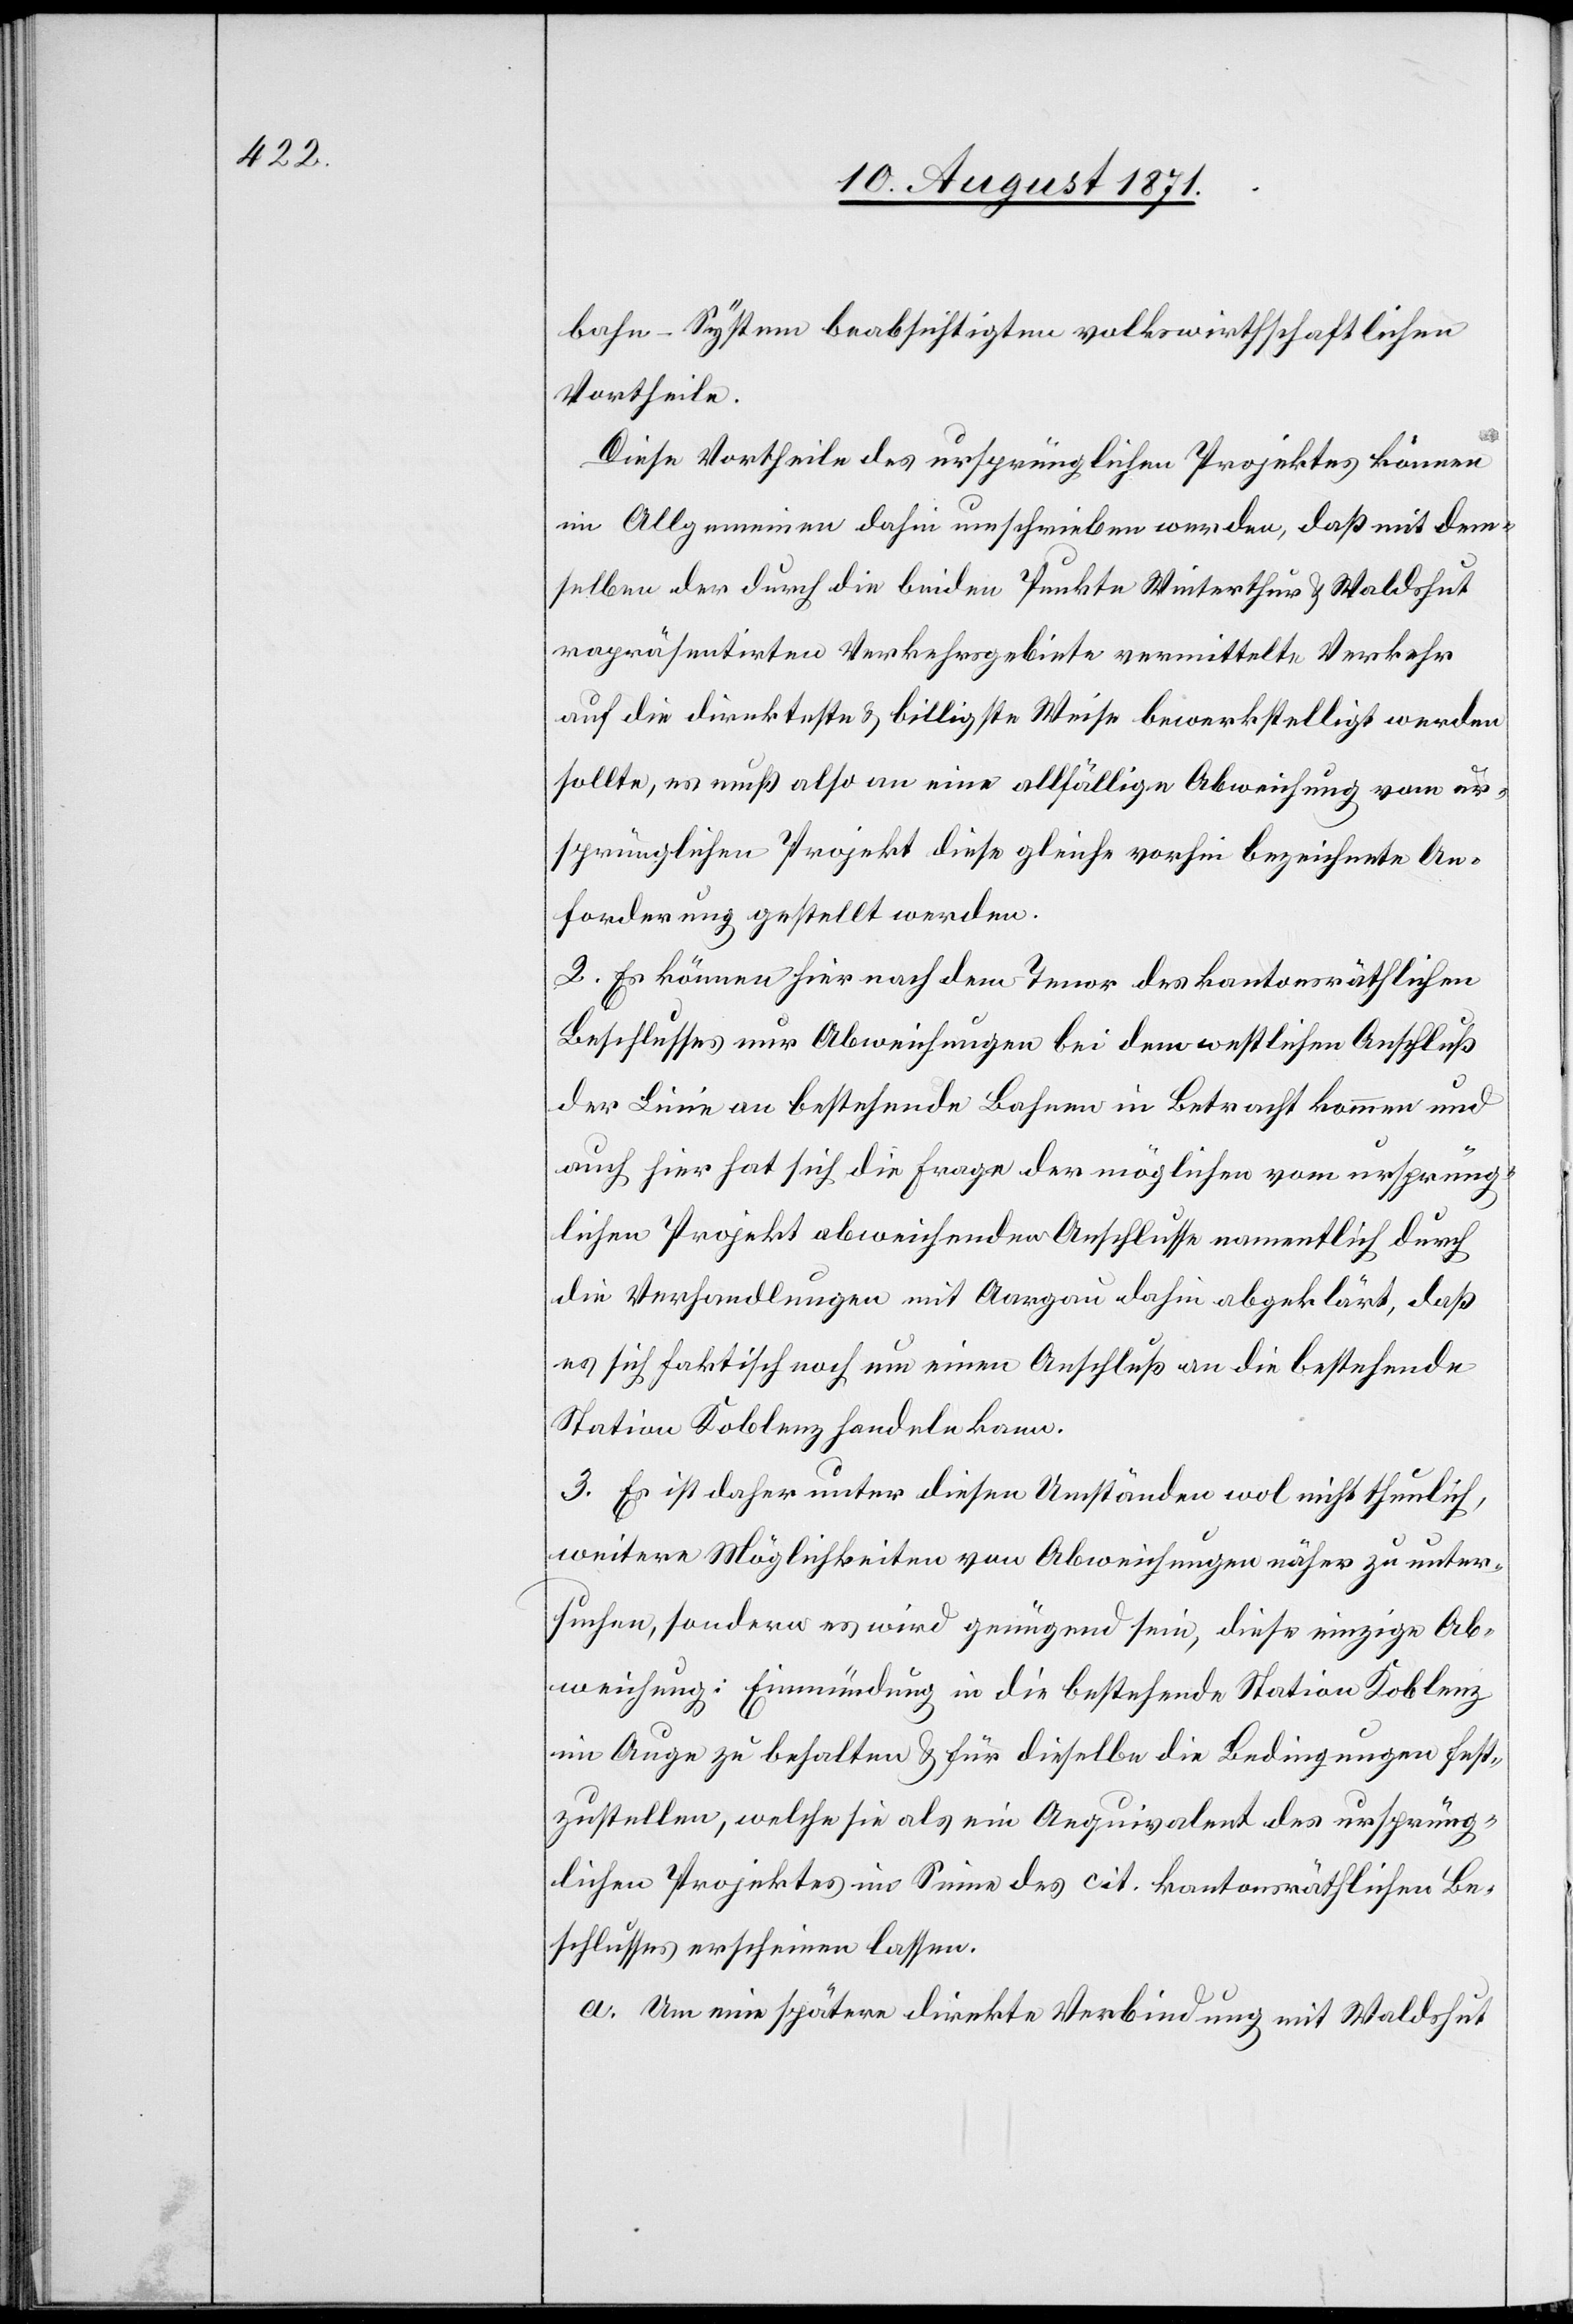
bahn-System beabsichtigten volkswirtschaftlichen
Vortheile.
Diese Vortheile des ursprünglichen Projektes können
im Allgemeinen dahin umschrieben werden, daß mit dem¬
selben der durch die beiden Punkte Winterthur & Waldshut
repräsentirten] Verkehrsgebiete vermittelte Verkehr
auf die direkteste & billigste Weise bewerkstelligt werden
sollte, es muß also an eine allfällige Abweichung vom ur¬
sprünglichen Projekt diese gleiche vorhin bezeichnete An¬
forderung gestellt werden.
2. Es können hier nach dem Tenor des kantonsräthlichen
Beschlusses nur Abweichungen bei dem westlichen Anschluß
der Linie an bestehende Bahnen in Betracht kommen und
auch hier hat sich die Frage der möglichen vom ursprüng¬
lichen Projekt abweichenden Anschlusse namentlich durch
die Verhandlungen mit Aargau dahin abgeklärt, daß
es sich faktisch noch um einen Anschluß an die bestehende
Station Koblenz handeln kann.
3. Es ist daher unter diesen Umständen wol nicht thunlich,
weitere Möglichkeiten von Abweisungen näher zu unter¬
suchen, sondern es wird genügend sein, diese einzige Ab¬
weisung: Einmündung in die bestehende Station Koblenz
im Auge zu behalten & für dieselbe die Bedingungen fest¬
zustellen, welche sie als ein Aequivalent des ursprüng¬
lichen Projektes im Sinne des cit. kantonsräthlichen Be¬
schlusses erscheinen lassen.
a. Um eine spätere direkte Verbindung mit Waldshut